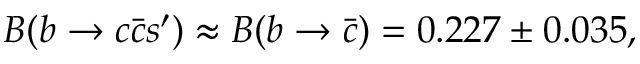
B ( b \rightarrow c \bar { c } s ^ { \prime } ) \approx B ( b \rightarrow \bar { c } ) = 0 . 2 2 7 \pm 0 . 0 3 5 ,